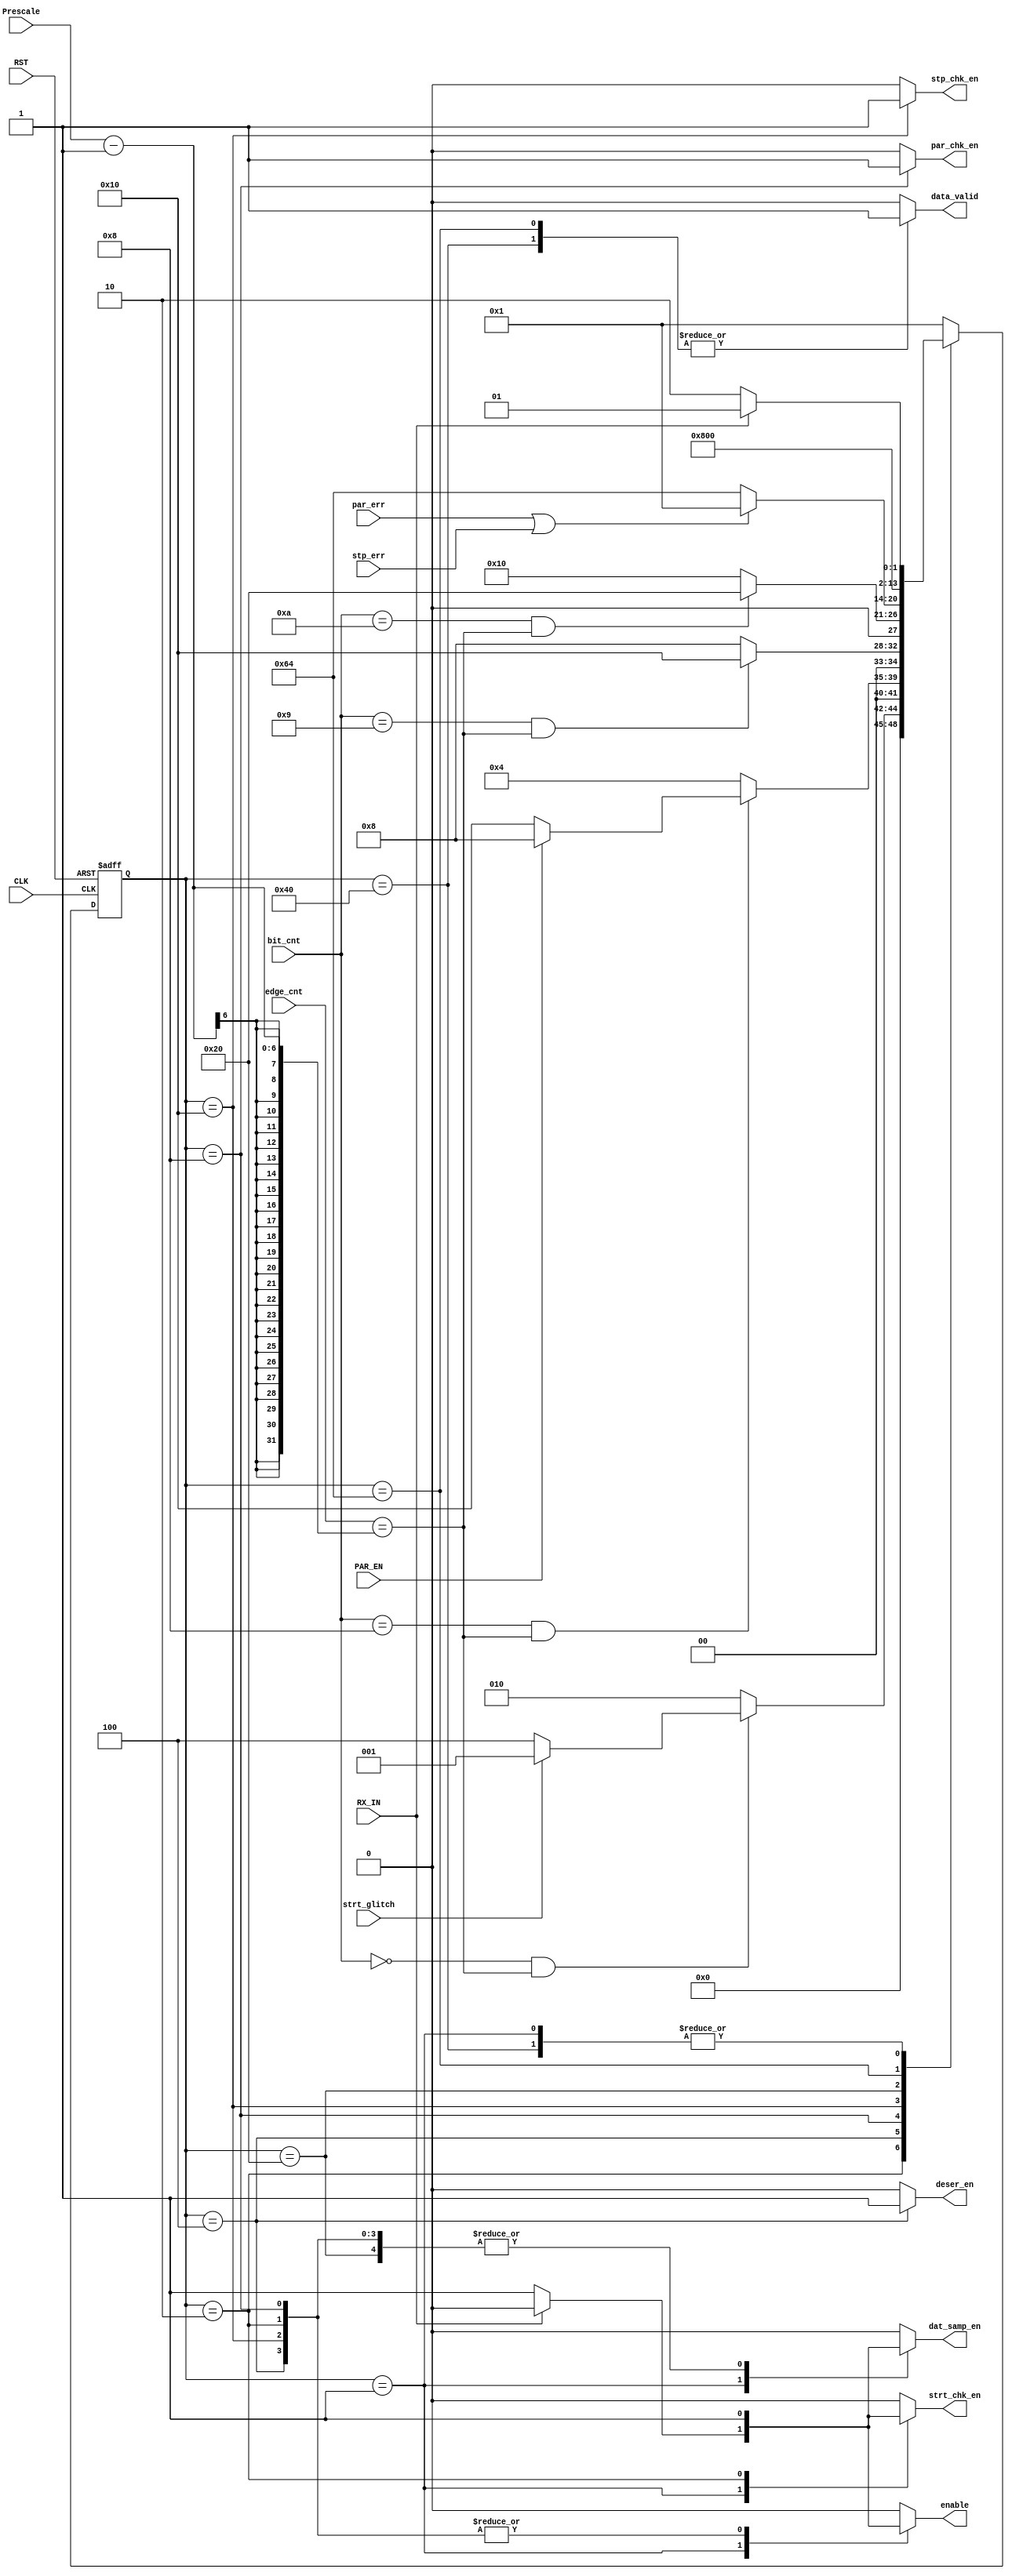
module FSM_RX #(parameter PRESCALE_WIDTH = 6)
(
    input   wire                            RX_IN                   ,
    input   wire                            PAR_EN                  ,
    input   wire  [PRESCALE_WIDTH - 1 :0]   edge_cnt                ,
    input   wire  [PRESCALE_WIDTH - 2 :0]   bit_cnt                 ,
    input   wire  [PRESCALE_WIDTH - 1 :0]   Prescale               ,
    input   wire                            stp_err                 ,
    input   wire                            strt_glitch             ,
    input   wire                            par_err                 ,
    input   wire                            CLK                     ,
    input   wire                            RST                     ,

    output  reg                             dat_samp_en             ,
    output  reg                             enable                  ,
    output  reg                             deser_en                ,
    output  reg                             data_valid              ,
    output  reg                             stp_chk_en              ,
    output  reg                             strt_chk_en             ,
    output  reg                             par_chk_en              
);

/********************************************************************************************/
/********************************************************************************************/

    reg           [6:0]	    current_state	                        ;
    reg           [6:0]	    next_state		                        ;

/********************************************************************************************/
/********************************************************************************************/

    localparam	            IDLE     = 7'b0000001                   ,
                            Start    = 7'b0000010                   ,
				            Data     = 7'b0000100                   ,
				            Parity   = 7'b0001000                   ,
				            Stop     = 7'b0010000                   ,
				            Err_chk  = 7'b0100000                   ,
                            flag1    = 7'b1100100                   ,
				            Data_vld = 7'b1000000                   ;

/********************************************************************************************/
/********************************************************************************************/

    always @ (posedge CLK or negedge RST)
        begin

            if(!RST)
            
                current_state <= IDLE                               ;
            
            else
            
                current_state <= next_state                         ;
            
        end

/********************************************************************************************/
/********************************************************************************************/

    always @ (*)
        begin

            case(current_state)
                IDLE : 
                    begin

                        if(!RX_IN)

                            next_state = Start                      ;
                        
                        else
                        
                            next_state = IDLE                       ; 			
                    
                    end

/********************************************************************************************/
/********************************************************************************************/                    
                
                Start :
                    begin

                        if( (bit_cnt == 'd0) && (edge_cnt == (Prescale - 'b1)) )
                            begin

                                if(!strt_glitch)                    
                                    
                                    next_state = Data               ;
                                    
                                else 
                                    
                                    next_state = IDLE               ;       
                                            
                            end
                        else
                        
                            next_state = Start                      ; 			
                                    
                    end

/********************************************************************************************/
/********************************************************************************************/

                Data :
                    begin

                        if( (bit_cnt == 'd8) && (edge_cnt == (Prescale - 'b1)) )
                            begin

                                if(PAR_EN)
                                
                                    next_state = Parity             ;
                                
                                else
                                
                                    next_state = Stop               ;
                                                    
                            end
                        else
                        
                            next_state = Data                       ; 			    			  
                    
                    end 

/********************************************************************************************/
/********************************************************************************************/

                Parity : 
                    begin

                        if( (bit_cnt == 'd9) && (edge_cnt == (Prescale - 'b1)) )
                        
                            next_state = Stop                       ; 
                        
                        else
                        
                            next_state = Parity                     ; 			
                                    
                    end

/********************************************************************************************/
/********************************************************************************************/

                Stop : 
                    begin
                        
                        if( (bit_cnt == 'd10) && (edge_cnt == (Prescale - 'b1)) )
                        
                            next_state = Err_chk                    ;    
                        
                        else
                        
                            next_state = Stop                       ; 			
                                
                    end	

/********************************************************************************************/
/********************************************************************************************/

                Err_chk : 
                    begin

                        if(par_err | stp_err)
                        
                            next_state = IDLE                       ; 
                        
                        else
                        
                            next_state = flag1                      ; 	    				
                                    
                    end	

/********************************************************************************************/
/********************************************************************************************/                    
                flag1: next_state = Data_vld                        ;

/********************************************************************************************/
/********************************************************************************************/

                Data_vld : 
                    begin

                        if(!RX_IN)

                            next_state = Start                      ;
                        
                        else
                        
                            next_state = IDLE                       ; 						
                    
                    end	

/********************************************************************************************/
/********************************************************************************************/
                
                default: 
                    begin
                    
                        next_state = IDLE                           ; 
                    
                    end	

            endcase

        end 

/********************************************************************************************/
/********************************************************************************************/

    always @ (*)
        begin

            dat_samp_en = 'b0                                       ;
            enable      = 'b0                                       ;
            deser_en    = 'b0                                       ;
            data_valid  = 'b0                                       ;
            stp_chk_en  = 'b0                                       ;
            strt_chk_en = 'b0                                       ;
            par_chk_en  = 'b0                                       ;
            
            case(current_state)
                IDLE : 
                    begin

                        if(!RX_IN)
                            begin

                                dat_samp_en = 'b1                   ;
                                enable      = 'b1                   ;
                                deser_en    = 'b0                   ;
                                data_valid  = 'b0                   ;
                                stp_chk_en  = 'b0                   ;
                                strt_chk_en = 'b1                   ;
                                par_chk_en  = 'b0                   ;

                            end
                        else
                            begin

                                dat_samp_en = 'b0                   ;
                                enable      = 'b0                   ;
                                deser_en    = 'b0                   ;
                                data_valid  = 'b0                   ;
                                stp_chk_en  = 'b0                   ;
                                strt_chk_en = 'b0                   ;
                                par_chk_en  = 'b0                   ;

                            end 			
                    
                    end

/********************************************************************************************/
/********************************************************************************************/

                Start :
                    begin

                        dat_samp_en = 'b1                           ;
                        enable      = 'b1                           ;
                        deser_en    = 'b0                           ;
                        data_valid  = 'b0                           ;
                        stp_chk_en  = 'b0                           ;
                        strt_chk_en = 'b1                           ;
                        par_chk_en  = 'b0                           ;	
                                    
                    end

/********************************************************************************************/
/********************************************************************************************/

                Data :
                    begin

                        dat_samp_en = 'b1                           ;
                        enable      = 'b1                           ;
                        deser_en    = 'b1                           ;
                        data_valid  = 'b0                           ;
                        stp_chk_en  = 'b0                           ;
                        strt_chk_en = 'b0                           ;
                        par_chk_en  = 'b0                           ;	
                                    
                    end
/********************************************************************************************/
/********************************************************************************************/

                Parity : 
                    begin

                        dat_samp_en = 'b1                           ;
                        enable      = 'b1                           ;
                        deser_en    = 'b0                           ;
                        data_valid  = 'b0                           ;
                        stp_chk_en  = 'b0                           ;
                        strt_chk_en = 'b0                           ;
                        par_chk_en  = 'b1                           ;	
                                    
                    end

/********************************************************************************************/
/********************************************************************************************/

                Stop : 
                    begin

                        dat_samp_en = 'b1                           ;
                        enable      = 'b1                           ;
                        deser_en    = 'b0                           ;
                        data_valid  = 'b0                           ;
                        stp_chk_en  = 'b1                           ;
                        strt_chk_en = 'b0                           ;
                        par_chk_en  = 'b0                           ;	
                                    
                    end

/********************************************************************************************/
/********************************************************************************************/

                Err_chk : 
                    begin

                        dat_samp_en = 'b1                           ;
                        enable      = 'b0                           ;
                        deser_en    = 'b0                           ;
                        data_valid  = 'b0                           ;
                        stp_chk_en  = 'b0                           ;
                        strt_chk_en = 'b0                           ;
                        par_chk_en  = 'b0                           ;	
                                    
                    end

/********************************************************************************************/
/********************************************************************************************/

                Data_vld : 
                    begin

                        dat_samp_en = 'b0                           ;
                        enable      = 'b0                           ;
                        deser_en    = 'b0                           ;
                        data_valid  = 'b1                           ;
                        stp_chk_en  = 'b0                           ;
                        strt_chk_en = 'b0                           ;
                        par_chk_en  = 'b0                           ;	
                                    
                    end	

/********************************************************************************************/
/********************************************************************************************/

                flag1:
                    begin

                        dat_samp_en = 'b0                           ;
                        enable      = 'b0                           ;
                        deser_en    = 'b0                           ;
                        data_valid  = 'b1                           ;
                        stp_chk_en  = 'b0                           ;
                        strt_chk_en = 'b0                           ;
                        par_chk_en  = 'b0                           ;	
                                    
                    end

/********************************************************************************************/
/********************************************************************************************/

                default: 
                    begin

                        dat_samp_en = 'b0                           ;
                        enable      = 'b0                           ;
                        deser_en    = 'b0                           ;
                        data_valid  = 'b0                           ;
                        stp_chk_en  = 'b0                           ;
                        strt_chk_en = 'b0                           ;
                        par_chk_en  = 'b0                           ;	
                                    
                    end	

            endcase

        end

endmodule